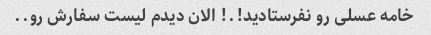
خامه عسلی رو نفرستادید!.! الان دیدم لیست سفارش رو..